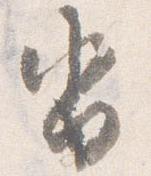
沓